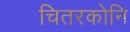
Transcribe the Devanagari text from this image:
चितरकोनि